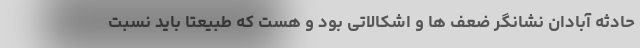
حادثه آبادان نشانگر ضعف ها و اشکالاتی بود و هست که طبیعتا باید نسبت